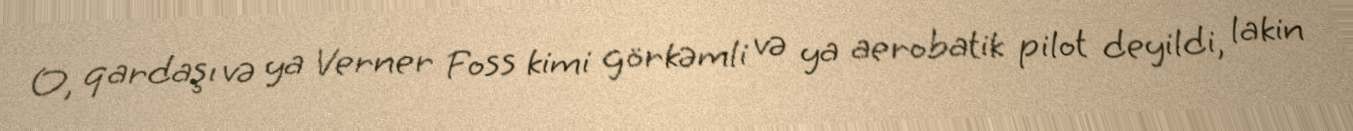
O, qardaşı və ya Verner Foss kimi görkəmli və ya aerobatik pilot deyildi, lakin